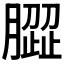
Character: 𰯝